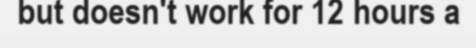
but doesn't work for 12 hours a